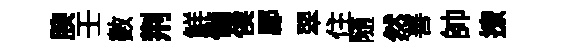
腴壬數荆鮮備俟郿翠住随然善帥撩